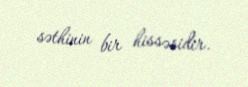
səthinin bir hissəsidir.